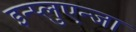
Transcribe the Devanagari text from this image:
इन्प्लुएन्जा